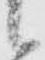
候